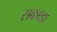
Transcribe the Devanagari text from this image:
सकाडा